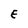
Character: E